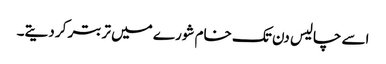
اسے چالیس دن تک خام شورے میں تربتر کر دیتے۔